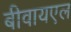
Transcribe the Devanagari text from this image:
बीवायएल